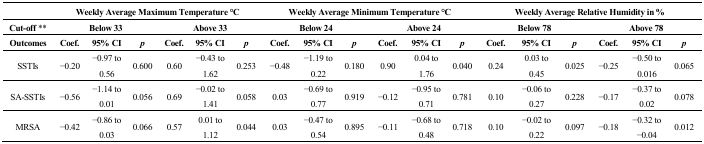
<table><thead><tr><td></td><td colspan="6"><b>Weekly Average Maximum Temperature °C</b></td><td colspan="6"><b>Weekly Average Minimum Temperature °C</b></td><td colspan="6"><b>Weekly Average Relative Humidity in %</b></td></tr><tr><td><b>Cut-off **</b></td><td colspan="3"><b>Below 33</b></td><td colspan="3"><b>Above 33</b></td><td colspan="3"><b>Below 24</b></td><td colspan="3"><b>Above 24</b></td><td colspan="3"><b>Below 78</b></td><td colspan="3"><b>Above 78</b></td></tr><tr><td><b>Outcomes</b></td><td><b>Coef.</b></td><td><b>95% CI</b></td><td><b><i>p</i></b></td><td><b>Coef.</b></td><td><b>95% CI</b></td><td><b><i>p</i></b></td><td><b>Coef.</b></td><td><b>95% CI</b></td><td><b><i>p</i></b></td><td><b>Coef.</b></td><td><b>95% CI</b></td><td><b><i>p</i></b></td><td><b>Coef.</b></td><td><b>95% CI</b></td><td><b><i>p</i></b></td><td><b>Coef.</b></td><td><b>95% CI</b></td><td><b><i>p</i></b></td></tr></thead><tbody><tr><td>SSTIs</td><td>−0.20</td><td>−0.97 to 0.56</td><td>0.600</td><td>0.60</td><td>−0.43 to 1.62</td><td>0.253</td><td>−0.48</td><td>−1.19 to 0.22</td><td>0.180</td><td>0.90</td><td>0.04 to 1.76</td><td>0.040</td><td>0.24</td><td>0.03 to 0.45</td><td>0.025</td><td>−0.25</td><td>−0.50 to 0.016</td><td>0.065</td></tr><tr><td>SA-SSTIs</td><td>−0.56</td><td>−1.14 to 0.01</td><td>0.056</td><td>0.69</td><td>−0.02 to 1.41</td><td>0.058</td><td>0.03</td><td>−0.69 to 0.77</td><td>0.919</td><td>−0.12</td><td>−0.95 to 0.71</td><td>0.781</td><td>0.10</td><td>−0.06 to 0.27</td><td>0.228</td><td>−0.17</td><td>−0.37 to 0.02</td><td>0.078</td></tr><tr><td>MRSA</td><td>−0.42</td><td>−0.86 to 0.03</td><td>0.066</td><td>0.57</td><td>0.01 to 1.12</td><td>0.044</td><td>0.03</td><td>−0.47 to 0.54</td><td>0.895</td><td>−0.11</td><td>−0.68 to 0.48</td><td>0.718</td><td>0.10</td><td>−0.02 to 0.22</td><td>0.097</td><td>−0.18</td><td>−0.32 to −0.04</td><td>0.012</td></tr></tbody></table>